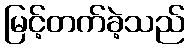
မြင့်တက်ခဲ့သည်